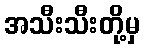
အသီးသီးတို့မှ